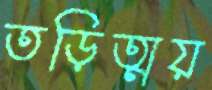
তড়িত্ময়